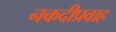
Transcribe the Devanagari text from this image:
नकदीप्रवाह